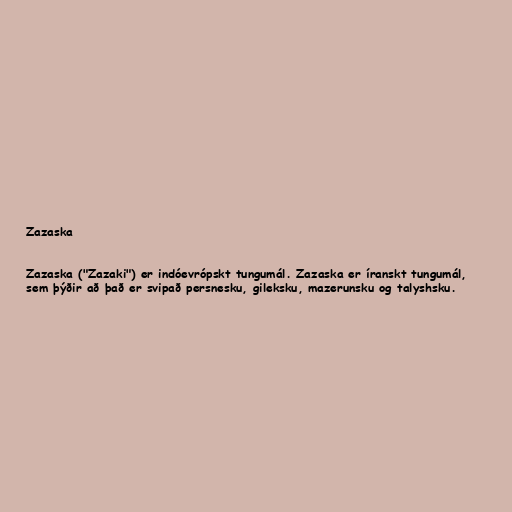
Zazaska

Zazaska ("Zazaki") er indóevrópskt tungumál. Zazaska er íranskt tungumál,
sem þýðir að það er svipað persnesku, gileksku, mazerunsku og talyshsku.